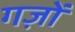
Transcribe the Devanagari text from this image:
गज़ों